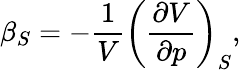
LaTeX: \beta_{S}=-{\frac{1}{V}}\left({\frac{\partial V}{\partial p}}\right)_{S},